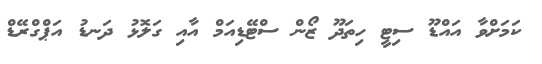
ކަމަށްވާ އައްޑޫ ސިޓީ ހިތަދޫ ޒޯން ސްޓޭޑިއަމް އާއި ގަލޮޅު ދަނޑު އަޕްގްރޭޑް